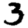
Digit: 3